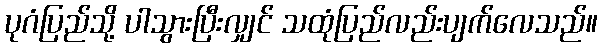
ပုဂံပြည်သို့ ပါသွားပြီးလျှင် သထုံပြည်လည်းပျက်လေသည်။